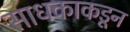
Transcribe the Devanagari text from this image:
साधकाकडून